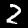
Digit: 2